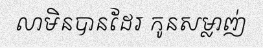
លាមិនបានដែរ កូនសម្លាញ់